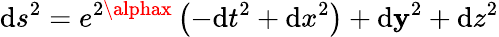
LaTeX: \mathrm{d}s^{2}=e^{2\alphax}\left(-\mathrm{d}t^{2}+\mathrm{d}x^{2}\right)+\mathrm{d}\mathbf{y}^{2}+\mathrm{d}z^{2}